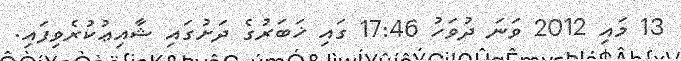
13 މައި 2012 ވަނަ ދުވަހު 17:46 ގައި ޚަބަރުގެ ދަށުގައި ޝާއިޢުކުރެވިފައި.